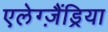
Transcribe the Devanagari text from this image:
एलेग्ज़ैंड्रिया